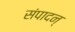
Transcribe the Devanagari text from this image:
संपादन्